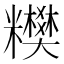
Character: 𥽢